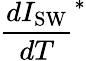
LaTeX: \frac{dI_{\mathrm{SW}}}{dT}^{\ast}